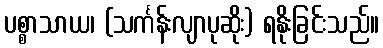
ပစ္စာသာယ၊ (သင်္ကန်းလျာပုဆိုး) ရနိုးခြင်းသည်။